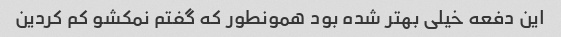
این دفعه خیلی بهتر شده بود همونطور که گفتم نمکشو کم کردین